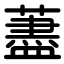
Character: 藎